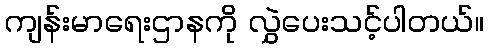
ကျန်းမာရေးဌာနကို လွှဲပေးသင့်ပါတယ်။